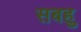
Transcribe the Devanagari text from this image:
सबहु